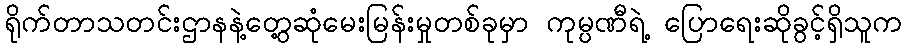
ရိုက်တာသတင်းဌာနနဲ့တွေ့ဆုံမေးမြန်းမှုတစ်ခုမှာ ကုမ္ပဏီရဲ့ ပြောရေးဆိုခွင့်ရှိသူက